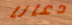
دعانا